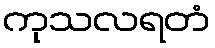
ကုသလရတံ